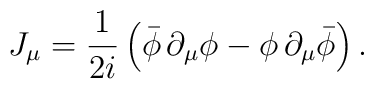
J_{\mu }=\frac{1}{2i}\left( \bar{\phi}\,\partial _{\mu }\phi -\phi\,\partial _{\mu }\bar{\phi}\right).